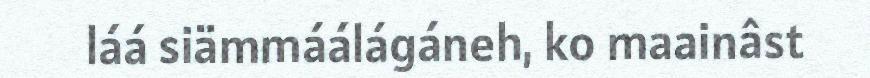
láá siämmáálágáneh, ko maainâst